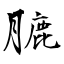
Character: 膔